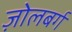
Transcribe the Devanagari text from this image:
ज़ोलबर्ग